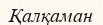
Қалқаман